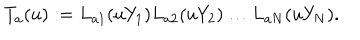
LaTeX: T _ { a } ( u ) : = L _ { a 1 } ( u Y _ { 1 } ) L _ { a 2 } ( u Y _ { 2 } ) \dots L _ { a N } ( u Y _ { N } ) .